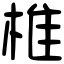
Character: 椎